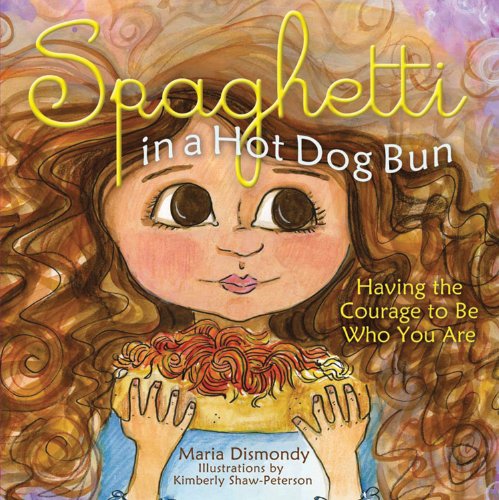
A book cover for Spaghetti in A Hot Dog Bun: Having the Courage to Be Who You Are; Maria Dismondy; Children's Books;